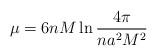
LaTeX: \begin{align*}\mu= 6n M \ln \frac{4\pi}{ na^2 M^2}\end{align*}